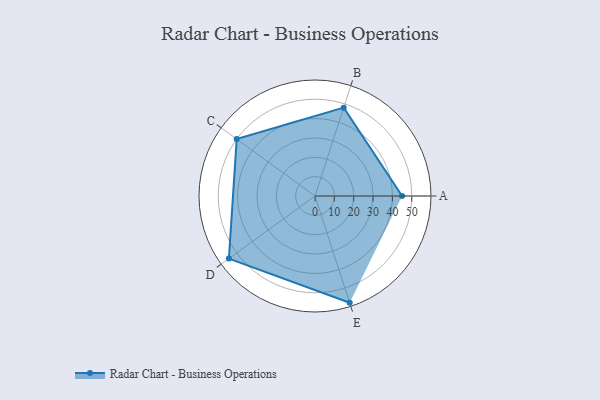
{"axis": {"x": "Skill", "y": "Score"}, "legend": ["Profile"], "data": [{"x": "A", "y": 45.0, "type": "Profile"}, {"x": "B", "y": 48.0, "type": "Profile"}, {"x": "C", "y": 50.0, "type": "Profile"}, {"x": "D", "y": 55.0, "type": "Profile"}, {"x": "E", "y": 58.0, "type": "Profile"}]}